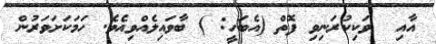
އާއި  ވަކިކުރަނިވި ފޮތް (އެބަހީ: ) ބާވައިލެއްވިއެވެ. ހަމަކަށަވަރުން